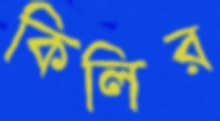
কিলির